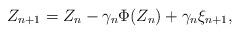
LaTeX: \begin{align*} Z_{n+1} = Z_{n} - \gamma_{n} \Phi (Z_{n}) + \gamma_{n}\xi_{n+1},\end{align*}